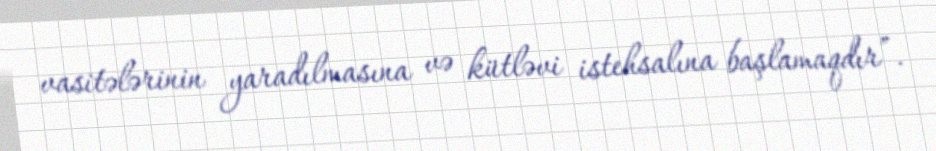
vasitələrinin yaradılmasına və kütləvi istehsalına başlamaqdır”.